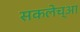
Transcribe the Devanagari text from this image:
सकलेच्आ